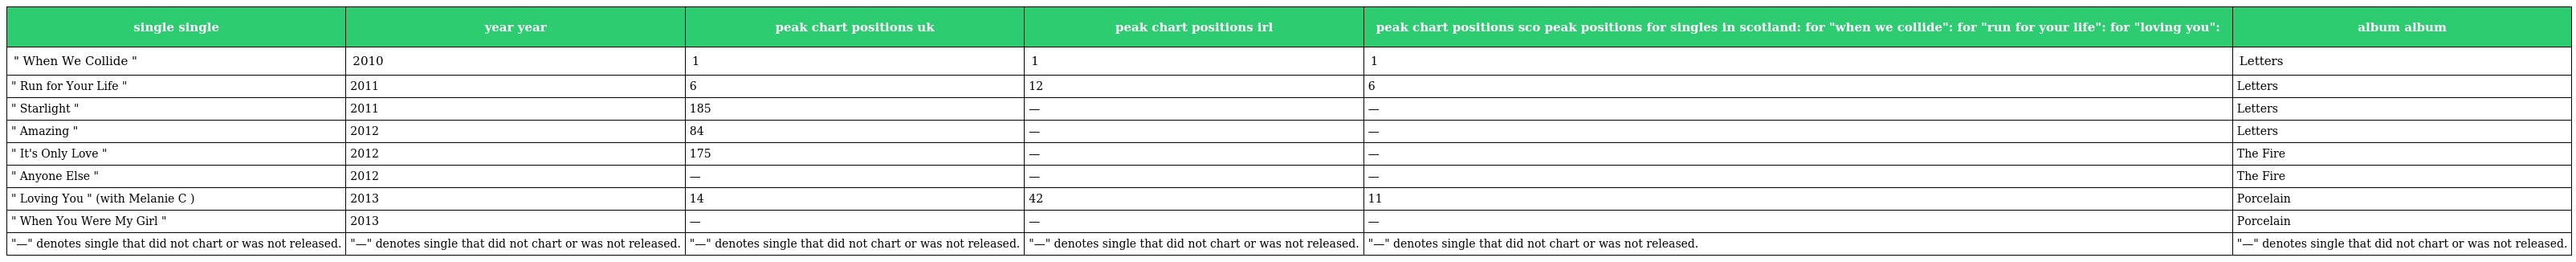
| single single | year year | peak chart positions uk | peak chart positions irl | peak chart positions sco peak positions for singles in scotland: for "when we collide": for "run for your life": for "loving you": | album album |
 | --- | --- | --- | --- | --- | --- |
 | " When We Collide " | 2010 | 1 | 1 | 1 | Letters |
 | " Run for Your Life " | 2011 | 6 | 12 | 6 | Letters |
 | " Starlight " | 2011 | 185 | — | — | Letters |
 | " Amazing " | 2012 | 84 | — | — | Letters |
 | " It's Only Love " | 2012 | 175 | — | — | The Fire |
 | " Anyone Else " | 2012 | — | — | — | The Fire |
 | " Loving You " (with Melanie C ) | 2013 | 14 | 42 | 11 | Porcelain |
 | " When You Were My Girl " | 2013 | — | — | — | Porcelain |
 | "—" denotes single that did not chart or was not released. | "—" denotes single that did not chart or was not released. | "—" denotes single that did not chart or was not released. | "—" denotes single that did not chart or was not released. | "—" denotes single that did not chart or was not released. | "—" denotes single that did not chart or was not released. |